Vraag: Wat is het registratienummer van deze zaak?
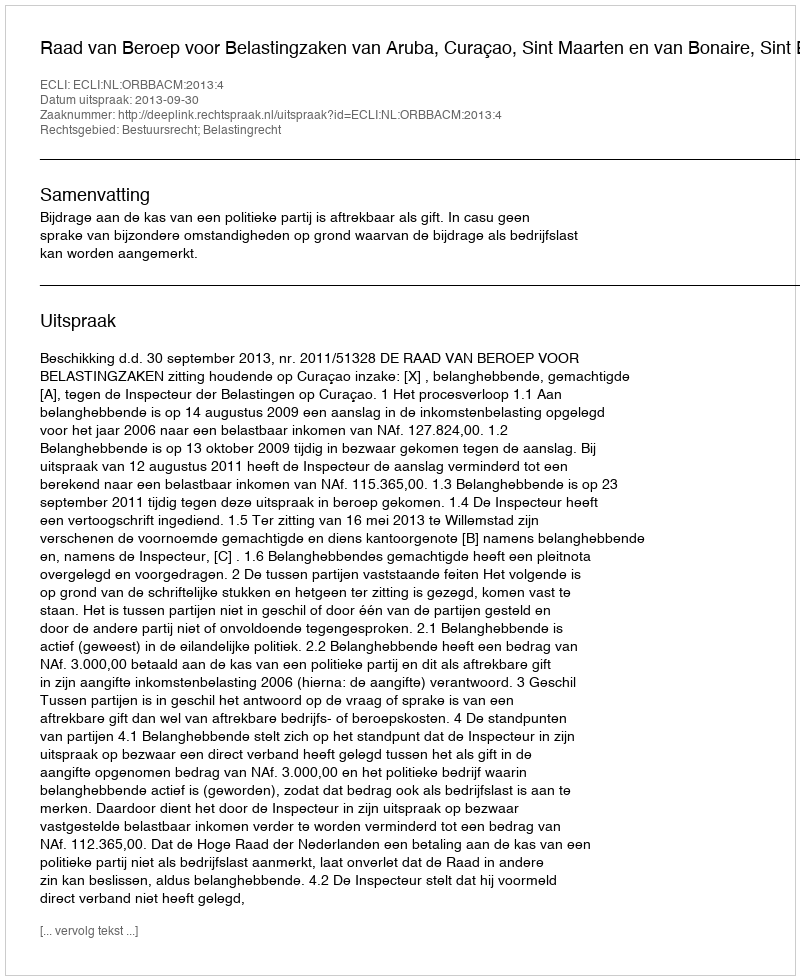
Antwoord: http://deeplink.rechtspraak.nl/uitspraak?id=ECLI:NL:ORBBACM:2013:4